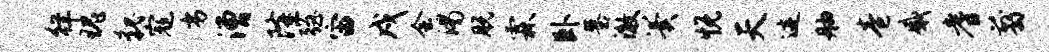
徉瑰貌寇劣漕隆强宙戍会渴脱霖卧墓澈翼悦天迹舳卷感耆翦